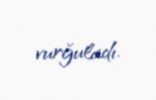
vurğuladı.